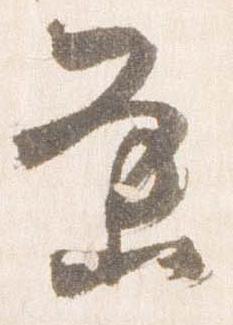
条